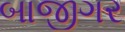
બાજીગર